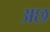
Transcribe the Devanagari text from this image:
अछ